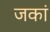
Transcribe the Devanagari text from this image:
जकां